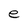
Character: e